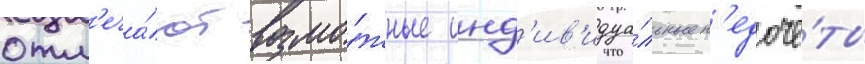
отм'еча́ют возмо́жные инд'ив'идуа́льные н'едочё́ты